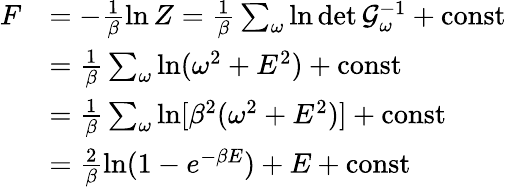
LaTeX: \begin{array}{rl}{F}&{=-\frac{1}{\beta}\ln Z=\frac{1}{\beta}\sum_{\omega}\ln\operatorname*{det}\mathcal{G}_{\omega}^{-1}+\mathrm{const}}\\ &{=\frac{1}{\beta}\sum_{\omega}\ln(\omega^{2}+E^{2})+\mathrm{const}}\\ &{=\frac{1}{\beta}\sum_{\omega}\ln[\beta^{2}(\omega^{2}+E^{2})]+\mathrm{const}}\\ &{=\frac{2}{\beta}\ln(1-e^{-\beta E})+E+\mathrm{const}}\end{array}